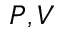
P , V